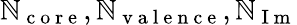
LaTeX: \mathbb{N}_{\mathrm{{~c~o~r~e~}}},\mathbb{N}_{\mathrm{{~v~a~l~e~n~c~e~}}},\mathbb{N}_{\mathrm{{~I~m~}}}